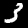
Label: 3